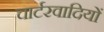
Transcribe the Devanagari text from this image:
चार्टरवादियों